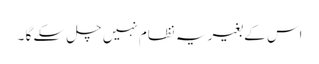
اس کے بغیر یہ نظام نہیں چل سکے گا ۔